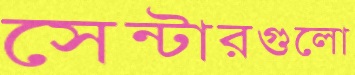
সেন্টারগুলো